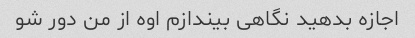
اجازه بدهید نگاهی بیندازم اوه از من دور شو